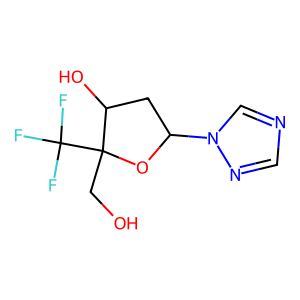
SMILES: OCC1(C(F)(F)F)OC(n2cncn2)CC1O
Inhibits HIV replication: No